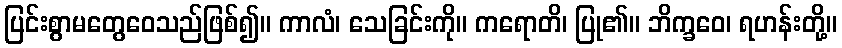
ပြင်းစွာမတွေဝေသည်ဖြစ်၍။ ကာလံ၊ သေခြင်းကို။ ကရောတိ၊ ပြု၏။ ဘိက္ခဝေ၊ ရဟန်းတို့။